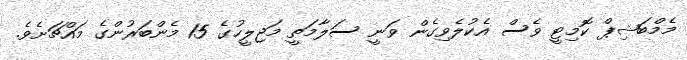
މެމްބަޝިޕް ކޮމިޓީ ވެސް އެކުލެވިގެން ވަނީ ސަލާމަތީ މަޖިލީހުގެ 15 މެންބަރުންގެ މައްޗަށެވެ.